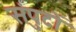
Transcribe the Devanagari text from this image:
संपुटों